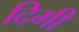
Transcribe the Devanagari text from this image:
दिगी